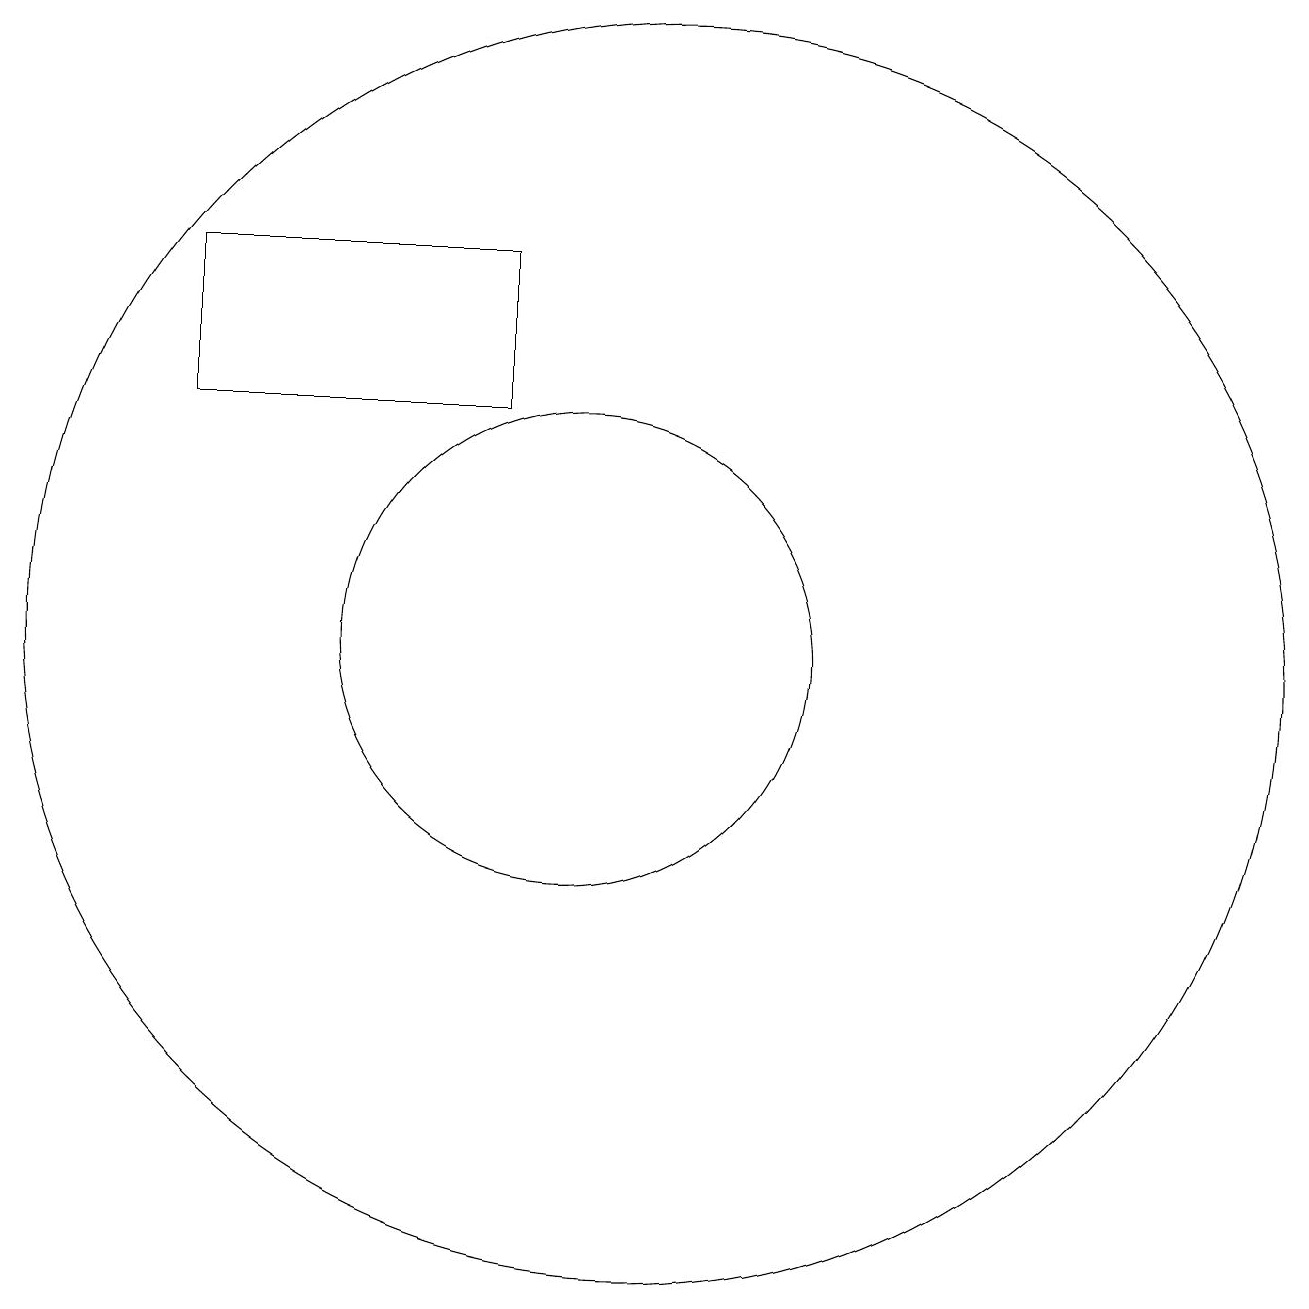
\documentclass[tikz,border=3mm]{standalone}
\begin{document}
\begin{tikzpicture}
\draw (10,11) circle (3);
\draw (5,14) rectangle (9,16);
\draw (11,11) circle (8);
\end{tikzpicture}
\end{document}